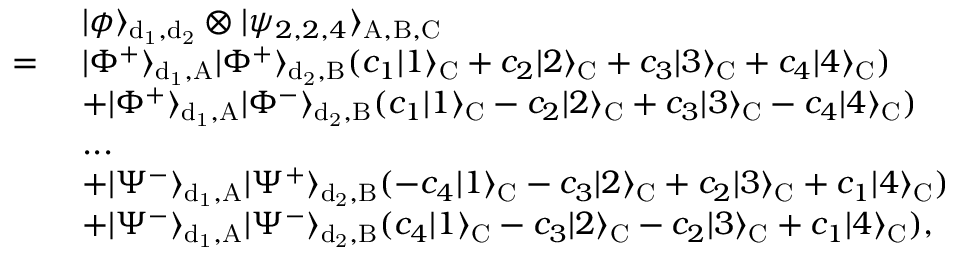
\begin{array} { r l } & { ~ | \phi \rangle _ { \mathrm { d _ { 1 } , d _ { 2 } } } \otimes | \psi _ { 2 , 2 , 4 } \rangle _ { \mathrm { A , B , C } } } \\ { = } & { ~ | \Phi ^ { + } \rangle _ { \mathrm { d _ { 1 } , A } } | \Phi ^ { + } \rangle _ { \mathrm { d _ { 2 } , B } } ( c _ { 1 } | 1 \rangle _ { \mathrm { C } } + c _ { 2 } | 2 \rangle _ { \mathrm { C } } + c _ { 3 } | 3 \rangle _ { \mathrm { C } } + c _ { 4 } | 4 \rangle _ { \mathrm { C } } ) } \\ & { ~ + | \Phi ^ { + } \rangle _ { \mathrm { d _ { 1 } , A } } | \Phi ^ { - } \rangle _ { \mathrm { d _ { 2 } , B } } ( c _ { 1 } | 1 \rangle _ { \mathrm { C } } - c _ { 2 } | 2 \rangle _ { \mathrm { C } } + c _ { 3 } | 3 \rangle _ { \mathrm { C } } - c _ { 4 } | 4 \rangle _ { \mathrm { C } } ) } \\ & { ~ . . . } \\ & { ~ + | \Psi ^ { - } \rangle _ { \mathrm { d _ { 1 } , A } } | \Psi ^ { + } \rangle _ { \mathrm { d _ { 2 } , B } } ( - c _ { 4 } | 1 \rangle _ { \mathrm { C } } - c _ { 3 } | 2 \rangle _ { \mathrm { C } } + c _ { 2 } | 3 \rangle _ { \mathrm { C } } + c _ { 1 } | 4 \rangle _ { \mathrm { C } } ) } \\ & { ~ + | \Psi ^ { - } \rangle _ { \mathrm { d _ { 1 } , A } } | \Psi ^ { - } \rangle _ { \mathrm { d _ { 2 } , B } } ( c _ { 4 } | 1 \rangle _ { \mathrm { C } } - c _ { 3 } | 2 \rangle _ { \mathrm { C } } - c _ { 2 } | 3 \rangle _ { \mathrm { C } } + c _ { 1 } | 4 \rangle _ { \mathrm { C } } ) , } \end{array}